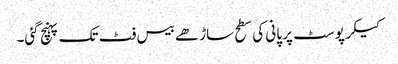
کیکر پوسٹ پر پانی کی سطح ساڑھے بیس فٹ تک پہنچ گئی۔